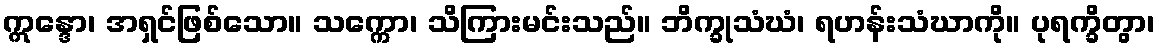
ဣန္ဒော၊ အရှင်ဖြစ်သော။ သက္ကော၊ သိကြားမင်းသည်။ ဘိက္ခုသံဃံ၊ ရဟန်းသံဃာကို။ ပုရက္ခိတွာ၊